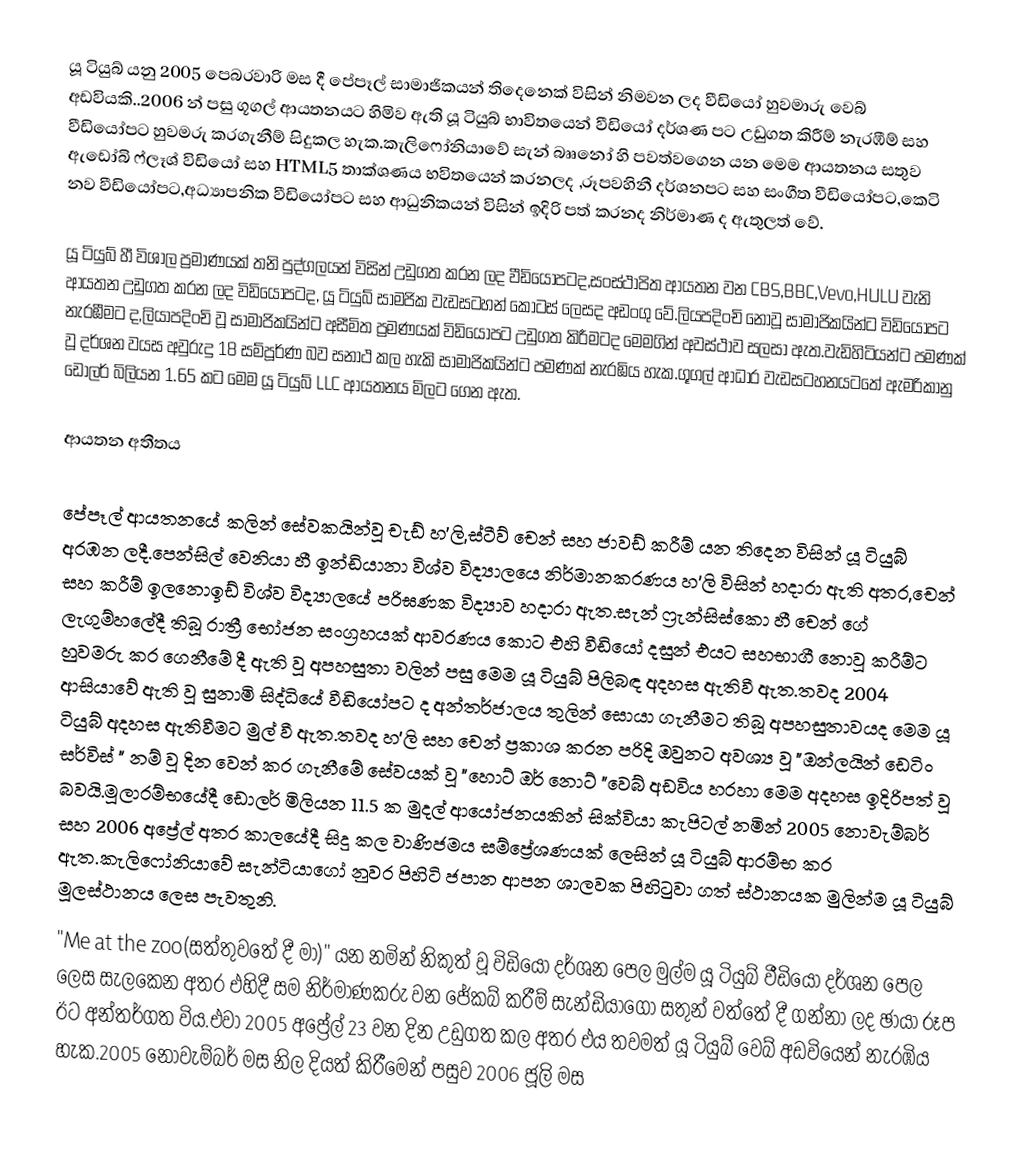
යූ ටියුබ් යනු 2005 පෙබරවාරි මස දී පේපෑල් සාමාජිකයන් තිදෙනෙක් විසින් නිමවන ලද වීඩියෝ හුවමාරු වෙබ් අඩවියකි..2006 න් පසු ගූගල් ආයතනයට හිමිව ඇති යූ ටියුබ් භාවිතයෙන් වීඩියෝ දර්ශණ පට උඩුගත කිරීම් නැරඹීම් සහ වීඩියෝපට හුවමරු කරගැනීම් සිදුකල හැක.කැලිෆෝනියාවේ සැන් බෲනෝ හි පවත්වගෙන යන මෙම ආයතනය සතුව ඇඩෝබි ෆ්ලෑශ් විඩියෝ සහ HTML5 තාක්ශණය භවිතයෙන් කරනලද ,රූපවහිනී දර්ශනපට සහ සංගීත වීඩියෝපට,කෙටි නව වීඩියෝපට,අධ්‍යාපනික වීඩියෝපට සහ ආධුනිකයන් විසින් ඉදිරි පත් කරනද නිර්මාණ ද ඇතුලත් වේ.

යූ ටියුබ් හී විශාල ප්‍රමාණයක් තනි පුද්ගලයන් විසින් උඩුගත කරන ලද වීඩියෝපටද,සංස්‍ථාපිත ආයතන වන CBS,BBC,Vevo,HULU වැනි ආයතන උඩුගත කරන ලද විඩියෝපටද, යූ ටියුබ් සාමජික වැඩසටහන් කොටස්  ලෙසද අඩංගු වේ.ලියපදිංචි නොවූ සාමාජිකයින්ට විඩියෝපට නැරඹීමට ද,ලියාපදිංචි වූ සාමාජිකයින්ට අසීමිත ප්‍රමණයක් විඩියෝපට උඩුගත කිරීමටද මෙමගින් අවස්ථාව සලසා ඇත.වැඩිහිටියන්ට පමණක් වූ දර්ශන වයස අවුරුදු 18 සම්පූර්ණ බව සනාථ කල හැකි සාමාජිකයින්ට පමණක් නැරඹිය හැක.ගූගල් ආධාර වැඩසටහනයටතේ ඇමරිකානු ඩොලර් බිලියන 1.65 කට මෙම යූ ටියුබ් LLC ආයතනය මිලට ගෙන ඇත.

ආයතන අතීතය

පේපෑල් ආයතනයේ කලින් සේවකයින්වූ චැඩ් හ'ලි,ස්ටීව් චෙන් සහ ජාවඩ් කරීම් යන තිදෙන විසින් යූ ටියුබ් අරඹන ලදී.පෙන්සිල් වෙනියා හී ඉන්ඩියානා විශ්ව විද්‍යාලයෙ නිර්මානකරණය හ'ලි විසින් හදාරා ඇති අතර,චෙන් සහ කරීම් ඉලනොඉඩ් විශ්ව විද්‍යාලයේ පරිඝණක විද්‍යාව හදාරා ඇත.සැන් ෆ්‍රැන්සිස්කො හී චෙන් ගේ ලැගුම්හලේදී තිබූ රාත්‍රී භෝජන සංග්‍රහයක් ආවරණය කොට එහි වීඩියෝ දසුන් එයට සහභාගී නොවූ කරීම්ට හුවමරු කර ගෙනීමේ දී ඇති වූ අපහසුතා වලින් පසු මෙම යූ ටියුබ් පිලිබඳ අදහස ඇතිවී ඇත.තවද 2004 ආසියාවේ ඇති වූ සුනාමි සිද්ධියේ වීඩියෝපට ද අන්තර්ජාලය තුලින් සොයා ගැනීමට තිබූ අපහසුතාවයද මෙම යූ ටියුබ් අදහස ඇතිවීමට මුල් වී ඇත.තවද හ'ලි සහ චෙන් ප්‍රකාශ කරන පරිදි ඔවුනට අවශ්‍ය වූ "ඔන්ලයින් ඩෙටිං සර්විස් " නම් වූ දින වෙන් කර ගැනීමේ සේවයක් වූ "හොට් ඔර් නොට් "වෙබ් අඩවිය හරහා මෙම අදහස ඉදිරිපත් වූ බවයි.මූලාරම්භයේදී ඩොලර් මිලියන 11.5 ක මුදල් ආයෝජනයකින් සික්වියා කැපිටල් නමින් 2005 නොවැම්බර් සහ 2006 අප්‍රේල් අතර කාලයේදී සිදු කල වාණිජමය සම්ප්‍රේශණයක් ලෙසින් යූ ටියුබ් ආරම්භ කර ඇත.කැලිෆෝනියාවේ සැන්ටියාගෝ නුවර පිහිටි ජපාන ආපන ශාලවක පිහිටුවා ගත් ස්ථානයක මුලින්ම යූ ටියුබ් මූලස්ථානය ලෙස පැවතුනි.
"Me at the zoo(සත්තුවතේ දී මා)" යන නමින් නිකුත් වූ විඩියෝ දර්ශන පෙල මුල්ම යූ ටියුබ් වීඩියෝ දර්ශන පෙල ලෙස සැලකෙන අතර එහිදී සම නිර්මාණකරු වන ජේකබ් කරීම් සැන්ඩියාගෝ සතුන් වත්තේ දී ගන්නා ලද ඡායා රූප ඊට අන්තර්ගත විය.එවා 2005 අප්‍රේල් 23 වන දින උඩුගත කල අතර එය තවමත් යූ ටියුබ් වෙබ් අඩවියෙන් නැරඹිය හැක.2005 නොවැම්බර් මස නිල දියත් කිරීමෙන් පසුව 2006 ජූලි මස